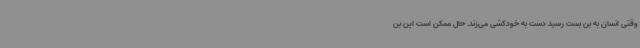
وقتی انسان به بن بست رسید دست به خودکشی می‌زند. حال ممکن است این بن